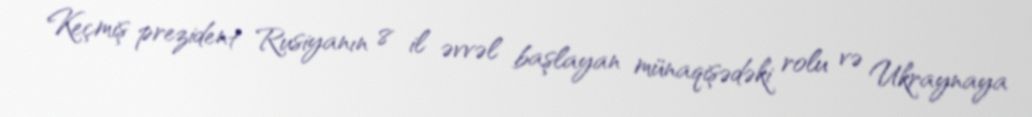
Keçmiş prezident Rusiyanın 8 il əvvəl başlayan münaqişədəki rolu və Ukraynaya